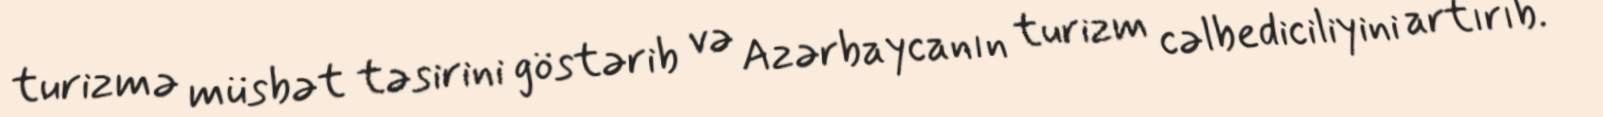
turizmə müsbət təsirini göstərib və Azərbaycanın turizm cəlbediciliyini artırıb.